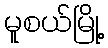
မူစယ်မြို့